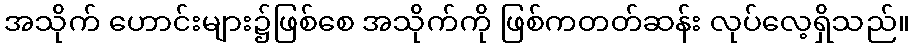
အသိုက် ဟောင်းများ၌ဖြစ်စေ အသိုက်ကို ဖြစ်ကတတ်ဆန်း လုပ်လေ့ရှိသည်။